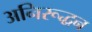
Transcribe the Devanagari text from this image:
अनिरूद्धन